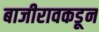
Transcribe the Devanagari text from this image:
बाजीरावकडून